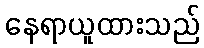
နေရာယူထားသည်